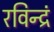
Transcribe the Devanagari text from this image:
रविन्द्रं